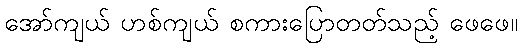
အော်ကျယ် ဟစ်ကျယ် စကားပြောတတ်သည့် ဖေဖေ။